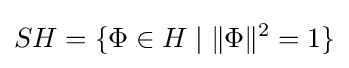
SH=\{\Phi \in H\mid \|\Phi \|^{2}=1\}